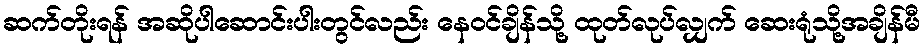
ဆက်တိုးရန် အဆိုပါဆောင်းပါးတွင်လည်း နေဝင်ချိန်သို့ ထုတ်လုပ်လျှက် ဆေးရုံသို့အချိန်မီ